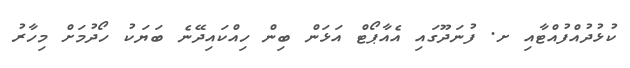
ކުޅުދުއްފުއްޓާއި ށ. ފުނަދޫގައި އެއާޕޯޓް އަޅަން ބިން ހިއްކައިދޭނެ ބަޔަކު ހޯދުމަށް މިހާރު